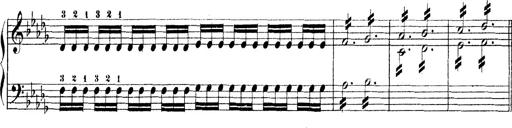
Title: Technische Studien
Composer: Franz Liszt